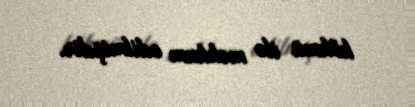
hökmü ilə məhkum edilmişdir.